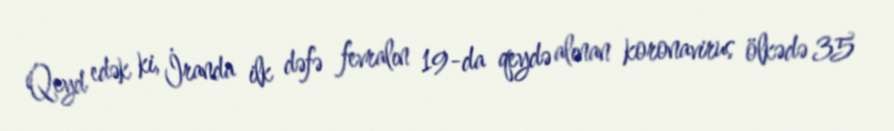
Qeyd edək ki, İranda ilk dəfə fevralın 19-da qeydə alınan koronavirus ölkədə 35